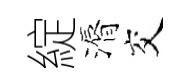
綻漘交